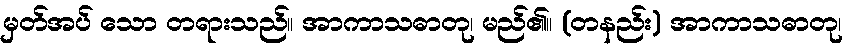
မှတ်အပ် သော တရားသည်။ အာကာသဓာတု၊ မည်၏။ (တနည်း) အာကာသဓာတု၊